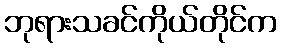
ဘုရားသခင်ကိုယ်တိုင်က